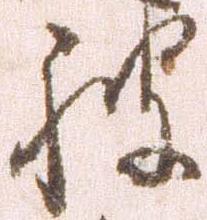
被